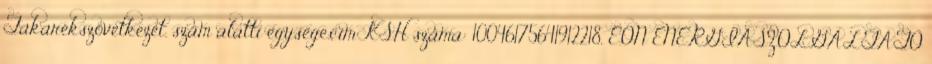
Takarékszövetkezet. szám alatti egysége.cím KSH száma: 10046175641912218, E.ON ENERGIASZOLGÁLTATÓ